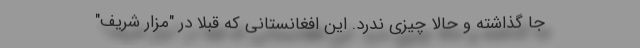
جا گذاشته و حالا چیزی ندرد. این افغانستانی که قبلا در "مزار شریف"